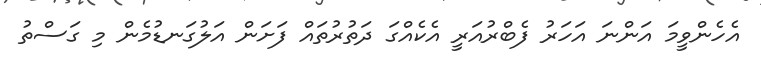
އެހެންވީމަ އަންނަ އަހަރު ފެބްރުއަރީ އެކެއްގަ ދަތުރުތައް ފަށަން އަލުގަނޑުމެން މި ގަސްތު